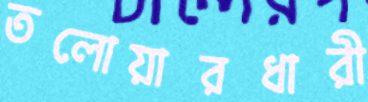
তলোয়ারধারী